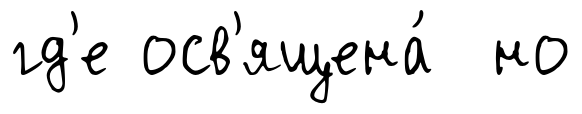
гд'е осв'ящена́ но